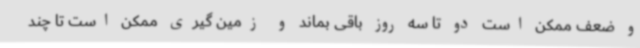
و ضعف ممکن است دو تا سه روز باقی بماند و زمین گیری ممکن است تا چند